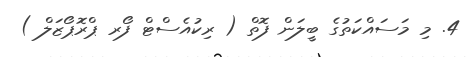
4. މި މަސައްކަތުގެ ބީލަން ފޮތް ( ރިކުއެސްޓް ފޯރ ޕްރޮޕޯޒަލް )